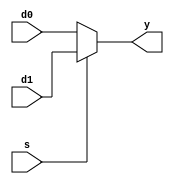

module mux2 #(parameter WIDTH = 8)
             (input  [WIDTH-1:0] d0, d1, 
              input              s, 
              output [WIDTH-1:0] y);
    assign y = s ? d1 : d0; 
endmodule

module mux3 #(parameter WIDTH = 8)
             (input  [WIDTH-1:0] d0, d1, d2,
              input  [1:0]       s, 
              output [WIDTH-1:0] y);
    assign  y = s[1] ? d2 : (s[0] ? d1 : d0); 
endmodule

module mux4 #(parameter WIDTH = 8)
             (input  [WIDTH-1:0] d0, d1, d2, d3,
              input  [1:0]       s, 
              output reg [WIDTH-1:0] y);
	always @( * )
	begin
        case(s)
            2'b00: y <= d0;
            2'b01: y <= d1;
            2'b10: y <= d2;
            2'b11: y <= d3;
        endcase
	end
endmodule

module mux5 #(parameter WIDTH = 8)
             (input		[WIDTH-1:0] d0, d1, d2, d3, d4,
              input		[2:0]       s, 
              output reg	[WIDTH-1:0] y);
	always @( * )
	begin
        case(s)
            3'b000: y <= d0;
            3'b001: y <= d1;
            3'b010: y <= d2;
            3'b011: y <= d3;
            3'b100: y <= d4;
        endcase
    end  
endmodule

module mux6 #(parameter WIDTH = 8)
           (input  [WIDTH-1:0] 	d0, d1, d2, d3, d4, d5,
            input  [2:0] 		s,
            output reg [WIDTH-1:0]	y);
    always@( * )
    begin
        case(s)
            3'b000: y <= d0;
            3'b001: y <= d1;
            3'b010: y <= d2;
            3'b011: y <= d3;
            3'b100: y <= d4;
            3'b101: y <= d5;
        endcase
    end
endmodule